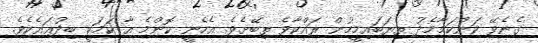
ގެނެވޭ ކަންކަމާމެދު ތިޔަބައިމީހުން ރައްކާވެ ތިބޭށެވެ. އެހެނީ ކޮންމެ އާ ކަމަކީ ބިދުޢައެކެވެ.